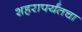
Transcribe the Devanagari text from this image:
शहरापर्यंतचा